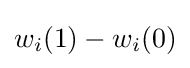
w_{i}(1)-w_{i}(0)